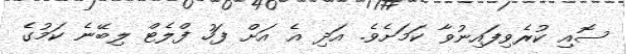
ސޮއި ކުރެވިފައިނުވާ ކަމަށެވެ. އަދި އެ އަށް ފަހު ފްލެޓް ލިބޭނެ ކަމުގެ